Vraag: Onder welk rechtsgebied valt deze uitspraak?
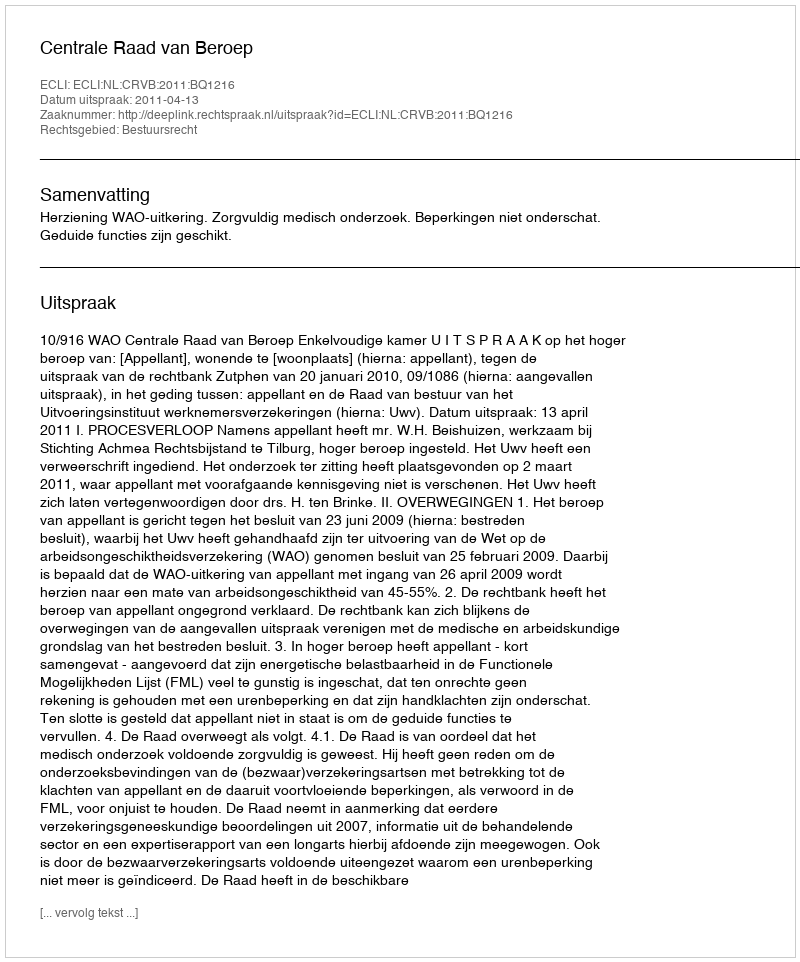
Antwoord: Bestuursrecht